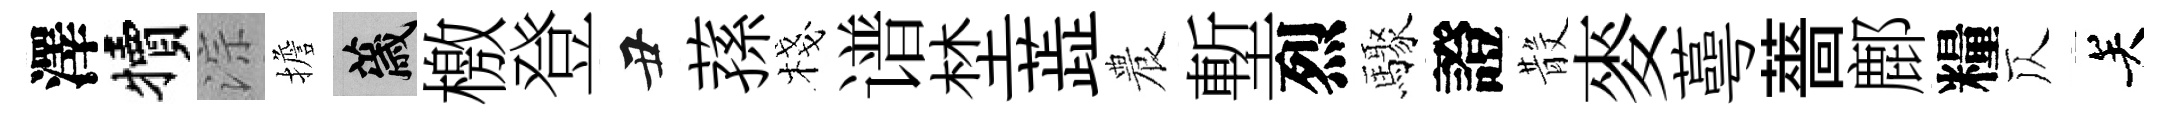
澤犢淙擔薉檄登丑蓀棧谱埜蕋農塹烈驟證𣪚麥蕚薔鄜糧仄关